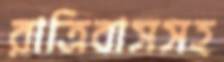
রাত্রিবাসসহ